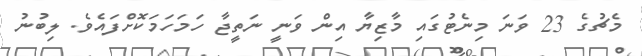
މެޗުގެ 23 ވަނަ މިނެޓުގައި މާޒިޔާ އިން ވަނީ ނަތީޖާ ހަމަހަމަކޮށްފައެވެ. ލިބުނު